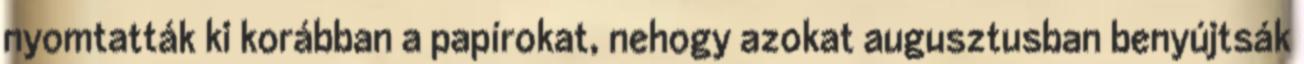
nyomtatták ki korábban a papírokat, nehogy azokat augusztusban benyújtsák